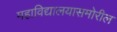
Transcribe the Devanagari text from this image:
महाविद्यालयासमोरील